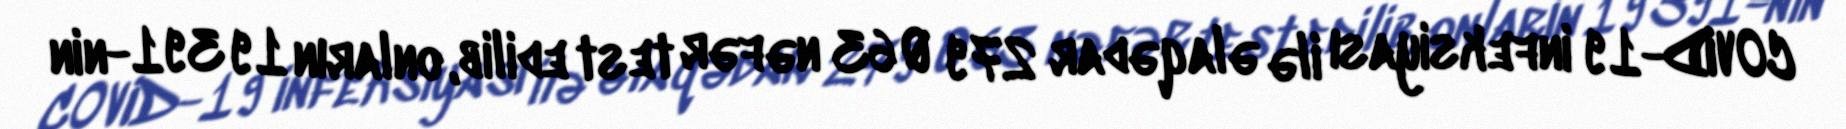
COVID-19 infeksiyası ilə əlaqədar 279 063 nəfər test edilib, onların 19 391-nin